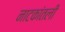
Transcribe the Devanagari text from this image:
नाटकांतली